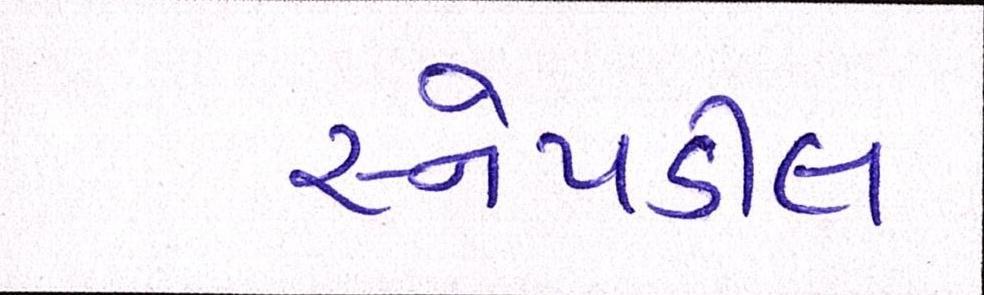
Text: સ્નેપડીલ